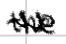
Text: the
Cross-out: mix
Writing tool: digital_black